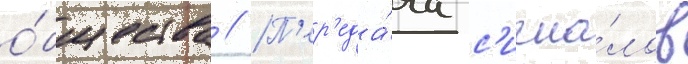
о́бщества // П'ер'еда́ча с'игна́лов